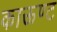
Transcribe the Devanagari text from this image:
काऊण्ट